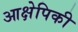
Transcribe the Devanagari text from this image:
आक्षेपिकी